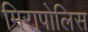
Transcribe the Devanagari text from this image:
मिरापोलिस